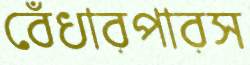
বেঁধারপারস